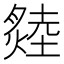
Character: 𤏝